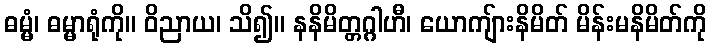
ဓမ္မံ၊ ဓမ္မာရုံကို။ ဝိညာယ၊ သိ၍။ နနိမိတ္တဂ္ဂါဟီ၊ ယောကျ်ားနိမိတ် မိန်းမနိမိတ်ကို